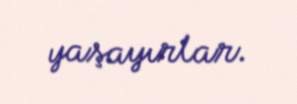
yaşayırlar.